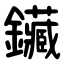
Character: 鑶